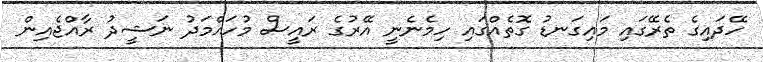
ހޭދައިގެ ތެރޭގައި މައިގަނޑު ގޮތެއްގައި ހިމެނެނީ އޭރުގެ ރައީސް މުހައްމަދު ނަޝީދު ރާއްޖެއިން